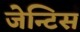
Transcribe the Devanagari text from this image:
जेन्टिस